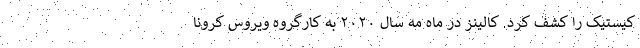
کیستیک را کشف کرد. کالینز در ماه مه سال ۲۰۲۰ به کارگروه ویروس کرونا